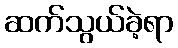
ဆက်သွယ်ခဲ့ရာ